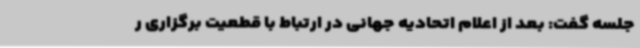
جلسه گفت: بعد از اعلام اتحادیه جهانی در ارتباط با قطعیت برگزاری ر